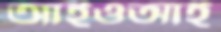
আইওআই